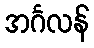
အင်္ဂလန်